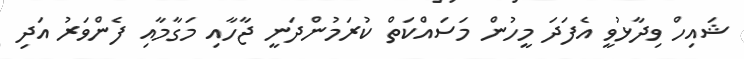
ޝައިހް ވިދާޅުވީ އެފަދަ މީހުން މަސައްކަތް ކުރަމުންދަނީ ޖާހާއި މަގާމާއި ފެންވަރު އަދި